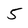
Character: 5